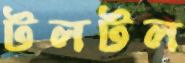
টলটল